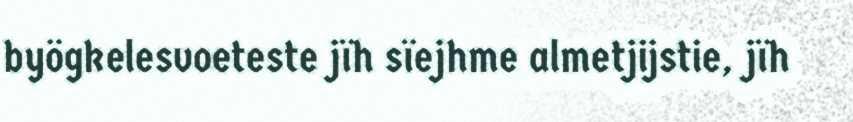
byögkelesvoeteste jïh sïejhme almetjijstie, jïh